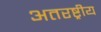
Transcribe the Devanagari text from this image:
अतरष्ट्रीय